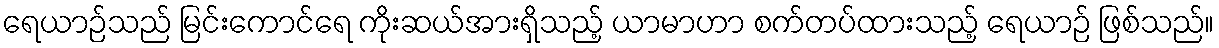
ရေယာဉ်သည် မြင်းကောင်ရေ ကိုးဆယ်အားရှိသည့် ယာမာဟာ စက်တပ်ထားသည့် ရေယာဉ် ဖြစ်သည်။